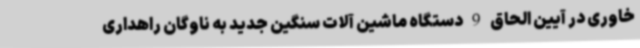
خاوری در آیین الحاق 9 دستگاه ماشین آلات سنگین جدید به ناوگان راهداری